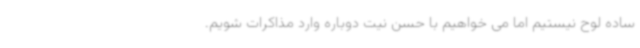
ساده لوح نیستیم اما می خواهیم با حسن نیت دوباره وارد مذاکرات شویم.